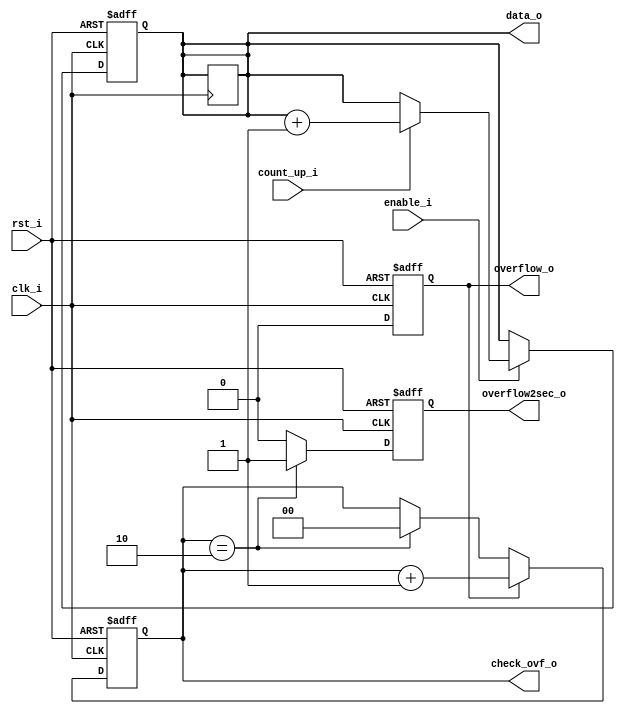
module ctu #(parameter NrBiti = 27, parameter Limita = 'h3B9AC9FF) 
//2^27 - 1 = 'h7FFFFFF (maximuml posibil cu 27 de biti)
//Limita = 10^8 - 1 = 'h3B9AC9FF
//10^8 = h5F5E100
(
input clk_i,
input rst_i,
input enable_i,
input count_up_i,

output reg [NrBiti-1:0] data_o,
output reg overflow_o,
output reg overflow2sec_o,
output reg [1:0] check_ovf_o
);

always @(posedge clk_i or negedge rst_i) //data_o
begin
if (!rst_i) data_o <= 'b0; //cand rst_i = 0, data_o se reseteaza
else if (!enable_i) data_o <= data_o;
else if (count_up_i) data_o <= data_o + 1; 
else data_o <= data_o;//daca nu se declara explicit, compilatorul o va face automat in locul nostru
end

always @(posedge clk_i or negedge rst_i) //overflow_o
begin
if (!rst_i) overflow_o = 'b0;//cazul rst_i = 0, overflow_o se reseteaza
else if ( (data_o == Limita) & (enable_i & count_up_i) ) 
begin
overflow_o <= 'b1;
data_o <= 'b0;
end
else overflow_o <= 'b0;//isi perpetueaza valoarea daca overflow_o <= overflow_o;
end

always @(posedge clk_i or negedge rst_i) //overflow2sec_o
begin
if (!rst_i) overflow2sec_o <= 'b0;
else if (check_ovf_o == 'b10) overflow2sec_o <= 'b1;
else overflow2sec_o <= 'b0;
end

always @(posedge clk_i or negedge rst_i) //check_ovf_o
begin
if(!rst_i) check_ovf_o <= 'b0;
else if(overflow_o) check_ovf_o <= check_ovf_o + 'b1;
else if(check_ovf_o == 'b10) check_ovf_o <= 'b0;
else check_ovf_o <= check_ovf_o;
end

endmodule